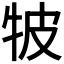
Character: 𤙎